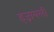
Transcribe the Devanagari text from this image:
इज्रायली